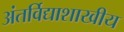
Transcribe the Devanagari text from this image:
अंतर्विद्याशाखीय